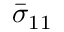
\bar { \sigma } _ { 1 1 }